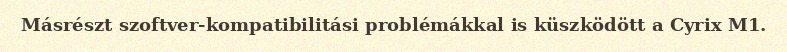
Másrészt szoftver-kompatibilitási problémákkal is küszködött a Cyrix M1.